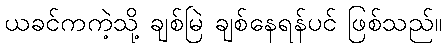
ယခင်ကကဲ့သို့ ချစ်မြဲ ချစ်နေရန်ပင် ဖြစ်သည်။